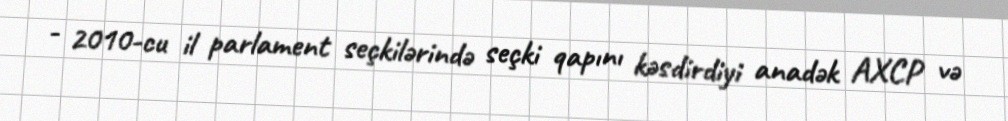
- 2010-cu il parlament seçkilərində seçki qapını kəsdirdiyi anadək AXCP və